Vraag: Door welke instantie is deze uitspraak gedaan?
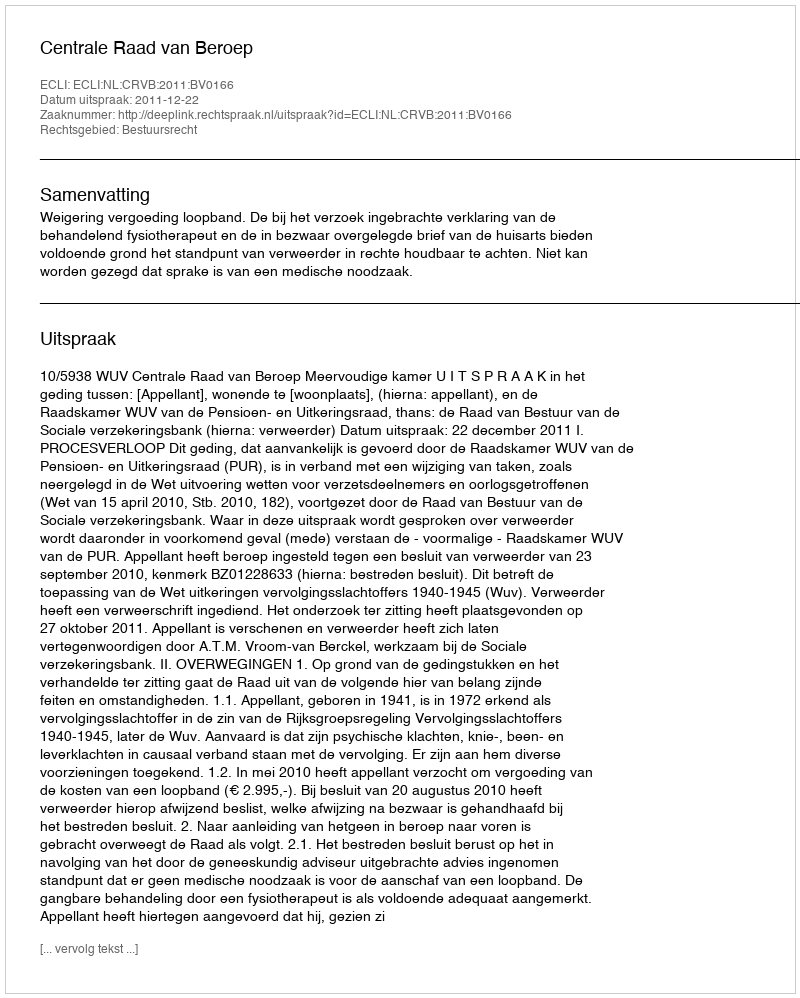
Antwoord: Centrale Raad van Beroep